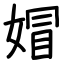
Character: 媢